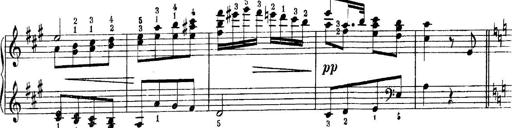
Title: Quatres sonatines
Composer: Tadeusz Joteyko